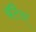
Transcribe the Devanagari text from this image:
ब्रॅटैन